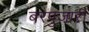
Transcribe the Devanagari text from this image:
बरपुजारी